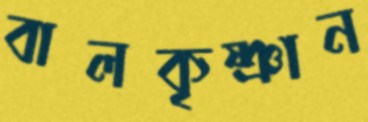
বালকৃষ্ণান